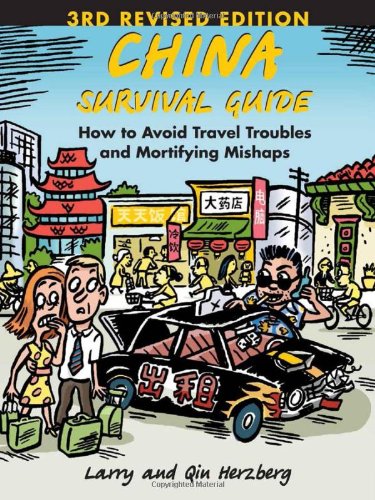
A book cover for China Survival Guide: How to Avoid Travel Troubles and Mortifying Mishaps, 3rd Edition; Larry Herzberg; Travel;